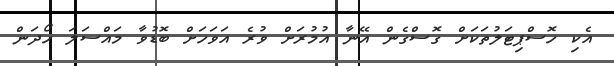
އެކި ހޮސްޕިޓަލުތަކަށް ގޮސްގެން އޭނާ އުމުރަށް ވުރެ އަވަހަށް ބޮޑުވާ މައްސަލަ ހޯދަން